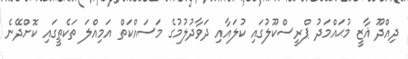
ދިއްދޫ ޣާޒީ މުޙައްމަދު ޕްރީސްކޫލުގައި ކުލައާއި ދަވާދުލުމުގެ މަސައްކަތް އަމިއްލަ ތަކެތީގައި ކޮށްދޭނެ